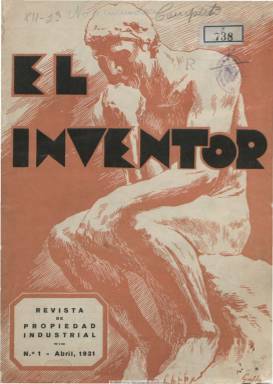
Título: El Inventor (Madrid)
Colección: Industria || Derecho
Ámbito geográfico: Madrid
Lugar de publicación: Madrid
Fechas: 01/04/1931-31/01/1934

Título de la revista especializada en propiedad industrial que fundó, dirigió y editó, desde abril de 1931, Guillermo Roeb, hijo del alemán José Roeb y Nohr, vinculado a España desde 1900 como catedrático de alemán de la Escuela Superior de Guerra y como fundador de la agencia de patentes y posterior Oficina Técnica de Propiedad Industrial Roeb y Compañía, con sede en Madrid y delegaciones en Barcelona y Bilbao. Sus contenidos se refieren también a métodos de comercialización y a marcas, productos y maquinaria novedosa. Era difundida gratuitamente entre industriales, comerciantes y profesionales, y alcanzó los 10.000 ejemplares de tirada.

Sus entregas fueron al principio mensuales y durante 1933 lo serán trimestrales. Lo fueron entre las 24 y las 36 páginas por número, con una cubierta estampada en diversas tintas, y con inserciones publicitarias a través de las cuales era financiada su edición. Su finalidad era la divulgación de la propiedad industrial y a la vez ser vehículo de propaganda útil de la labor que desarrollaba la compañía Roeb.

Compuesta a dos columnas y con profusión de fotografías y dibujos, sus textos están referidos también a la exportación, a la importancia de las marcas o a las técnicas del escaparate, a ofertas y explotación de las patentes españolas, a la ciencia del viajante o a la importancia de la publicidad. Entre sus secciones tiene una dedicada a Galería de hombres célebres y otra a Correspondencia, dedicada esta a las consultas de sus suscriptores. El último número de la colección de la Biblioteca Nacional de España corresponde al año 1934, sin concretar más, en el que se da cuenta del fallecimiento de José Roeb. Tras la correspondiente depuración profesional, su hijo Guillermo será nombrado en 1940 por el ministro de Industria y Comercio, presidente de la Junta Directiva del Colegio de Agentes de la Propiedad Intelectual.